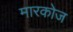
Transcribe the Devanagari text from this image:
मारकोज